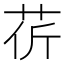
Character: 𦮬